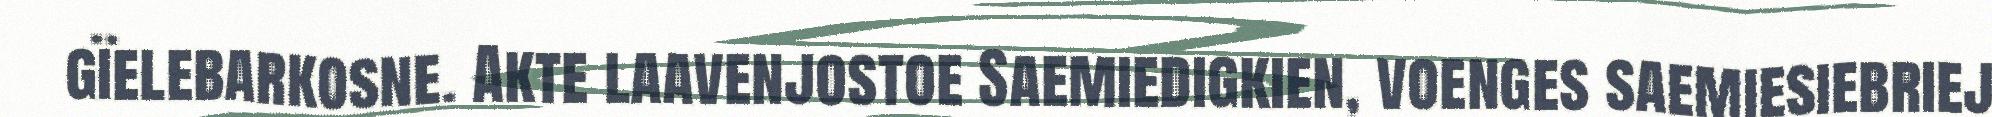
gïelebarkosne. Akte laavenjostoe Saemiedigkien, voenges saemiesiebriej